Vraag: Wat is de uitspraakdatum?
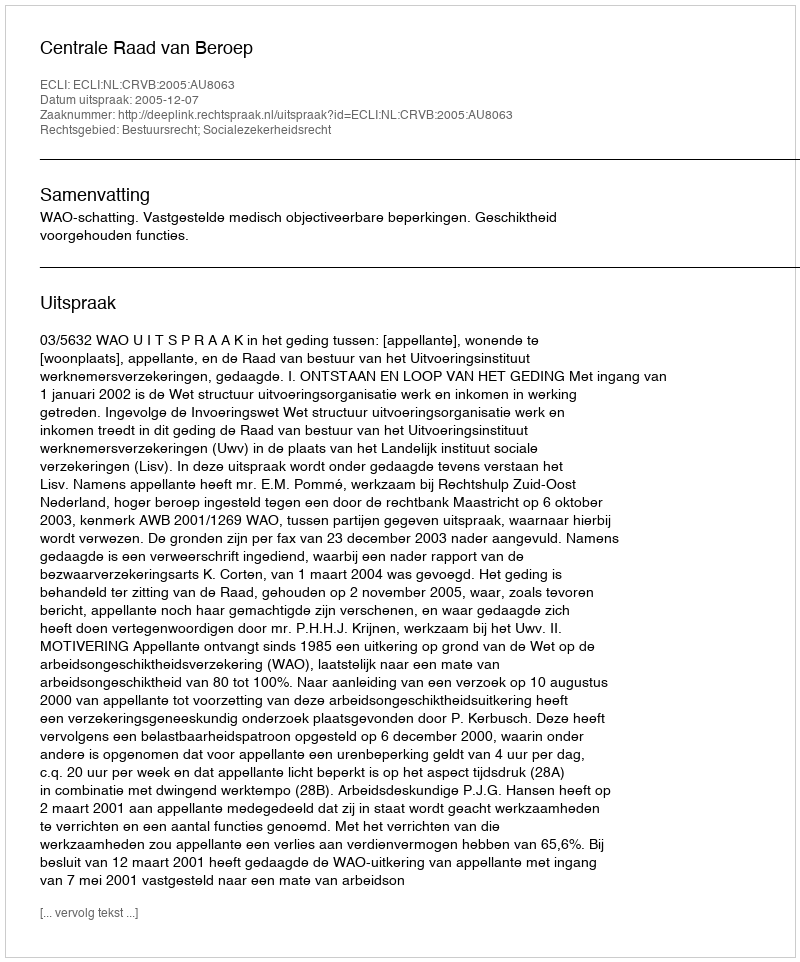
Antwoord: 2005-12-07